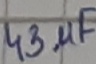
Text: 43µF